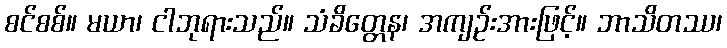
စင်စစ်။ မယာ၊ ငါဘုရားသည်။ သံခိတ္တေန၊ အကျဉ်းအားဖြင့်။ ဘာသိတဿ၊